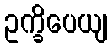
ဥက္ခိပေယျ